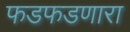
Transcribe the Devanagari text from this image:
फडफडणारा